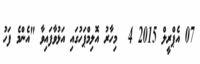
07 އެޕްރީލް 2015 4  މިހާރު އޮލިމްޕަހުގައި އަޅުވާފައިވާ "އެންމެ ފަހު